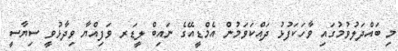
މި ބައްދަލުވުމުގައި ވާހަކަފުޅު ދައްކަވަމުން އެމްޑީއޭގެ ނައިބް ލީޑަރ ވަފިއްޔާ ވިދާޅުވީ ސިޔާސީ